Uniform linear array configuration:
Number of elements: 48
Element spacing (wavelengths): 0.25
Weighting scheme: cosine
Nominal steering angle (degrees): -30
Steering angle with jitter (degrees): -28.355
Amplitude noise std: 0.05
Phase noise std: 0.05

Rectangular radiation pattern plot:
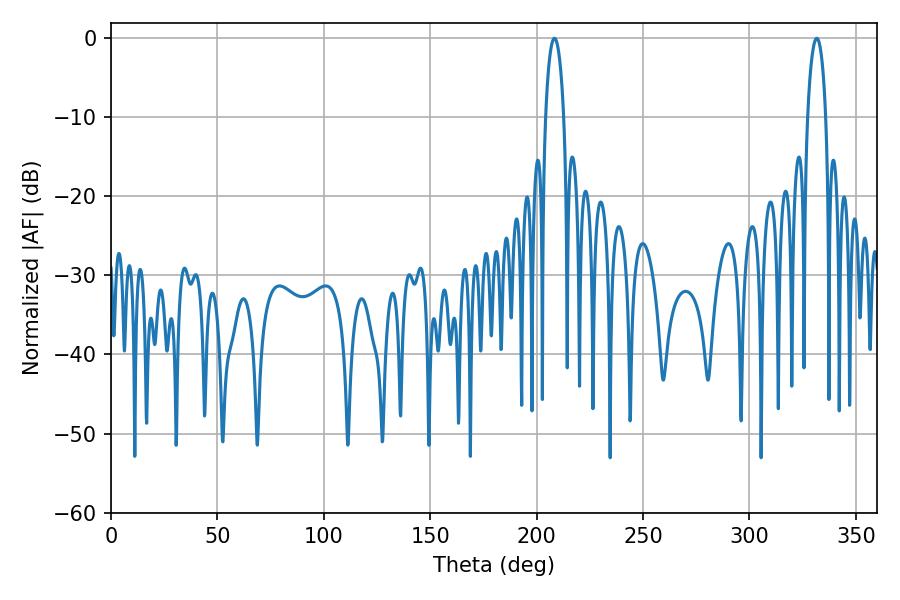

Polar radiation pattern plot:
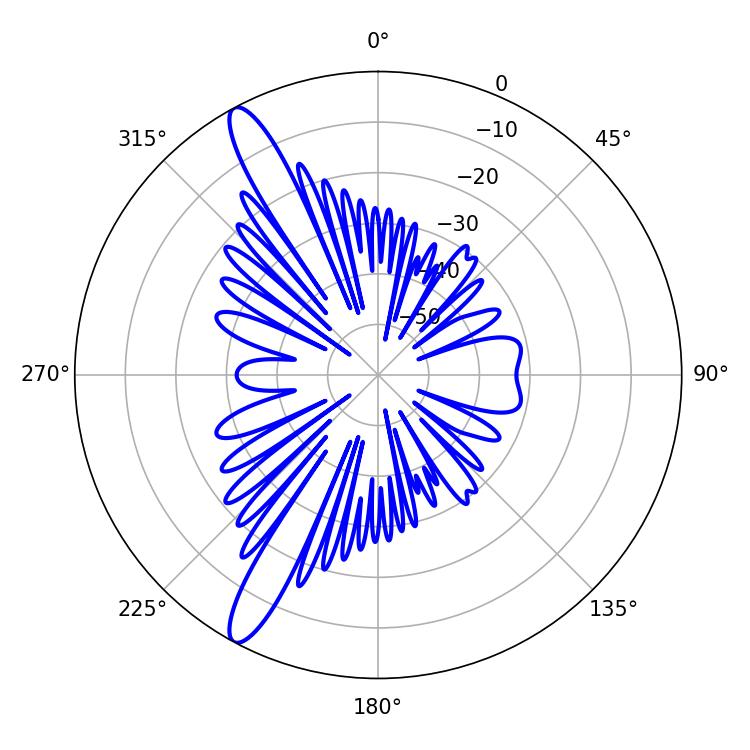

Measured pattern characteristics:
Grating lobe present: FALSE
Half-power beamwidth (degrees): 4.86
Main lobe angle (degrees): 331.56